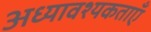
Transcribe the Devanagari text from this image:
अध्यावश्यकताएँ